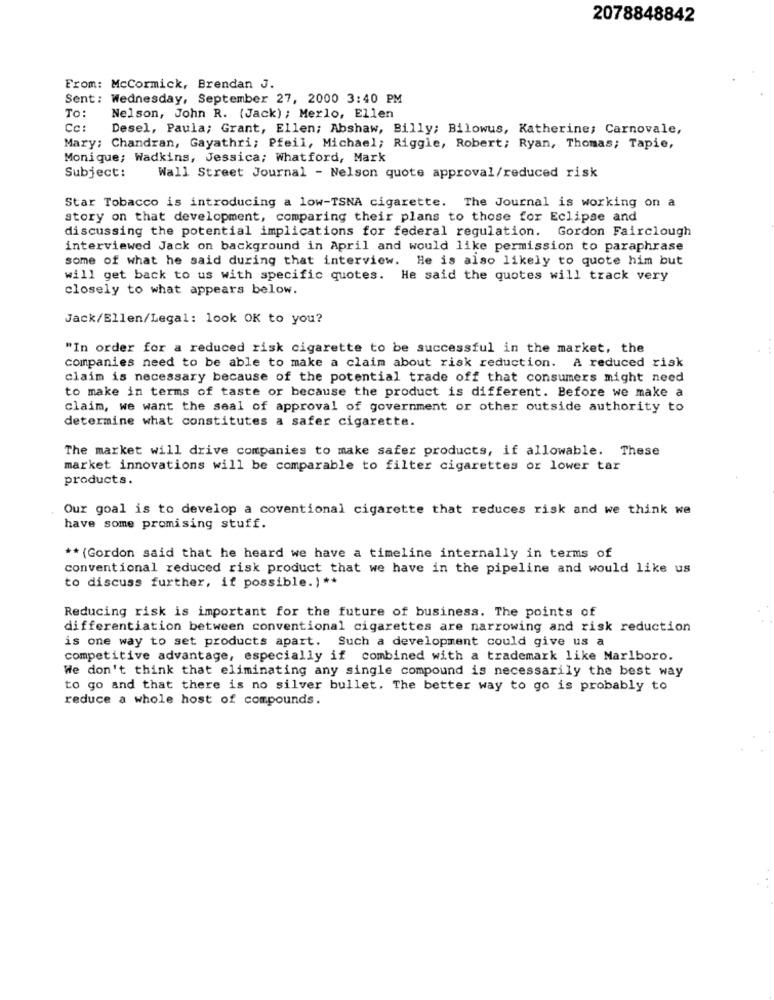
2078848842
From: McCormick, Brendan J.
Sent: Wednesday, September 27, 2000 3:40 PM
To:
Nelson, John R. (Jack) ; Merlo, Ellen
Cc
Desel, Paula; Grant, Ellen; Abshaw, Billy; Bilowus, Katherine; Carnovale,
Mary; Chandran, Gayathri; Pfeil, Michael; Riggle, Robert; Ryan, Thomas; Tapie,
Monique; Wadkins, Jessica; Whatford, Mark
Subject:
Wall Street Journal - Nelson quote approval/reduced risk
Star Tobacco is introducing a low-TSNA cigarette. The Journal is working on a
story on that development, comparing their plans to those for Eclipse and
discussing the potential implications for federal regulation. Gordon Fairclough
interviewed Jack on background in April and would like permission to paraphrase
some of what he said during that interview. He is also likely to quote him but
will get back to us with specific quotes. He said the quotes will track very
closely to what appears below.
Jack/Ellen/Legal: look OK to you?
"In order for a reduced risk cigarette to be successful in the market, the
companies need to be able to make a claim about risk reduction. A reduced risk
claim is necessary because of the potential trade off that consumers might need
to make in terms of taste or because the product is different. Before we make a
claim, we want the seal of approval of government or other outside authority to
determine what constitutes a safer cigarette.
The market will drive companies to make safer products, if allowable. These
market innovations will be comparable to filter cigarettes or lower tar
products.
Our goal is to develop a coventional cigarette that reduces risk and we think we
have some promising stuff.
** (Gordon said that he heard we have a timeline internally in terms of
conventional reduced risk product that we have in the pipeline and would like us
to discuss further, if possible. ) **
Reducing risk is important for the future of business. The points of
differentiation between conventional cigarettes are narrowing and risk reduction
is one way to set products apart. Such a development could give us a
competitive advantage, especially if combined with a trademark like Marlboro.
We don't think that eliminating any single compound is necessarily the best way
to go and that there is no silver bullet. The better way to go is probably to
reduce a whole host of compounds.